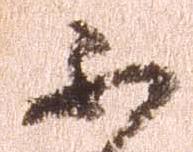
不